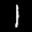
Label: 1